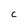
Character: C